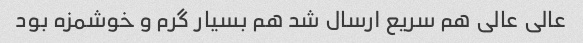
عالی عالی هم سریع ارسال شد هم بسیار گرم و خوشمزه بود